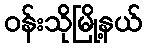
ဝန်းသိုမြို့နယ်